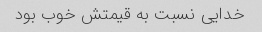
خدایی نسبت به قیمتش خوب بود